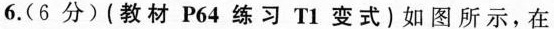
6. (6分) (教材 P64 练习 T1 变式) 如图所示，在